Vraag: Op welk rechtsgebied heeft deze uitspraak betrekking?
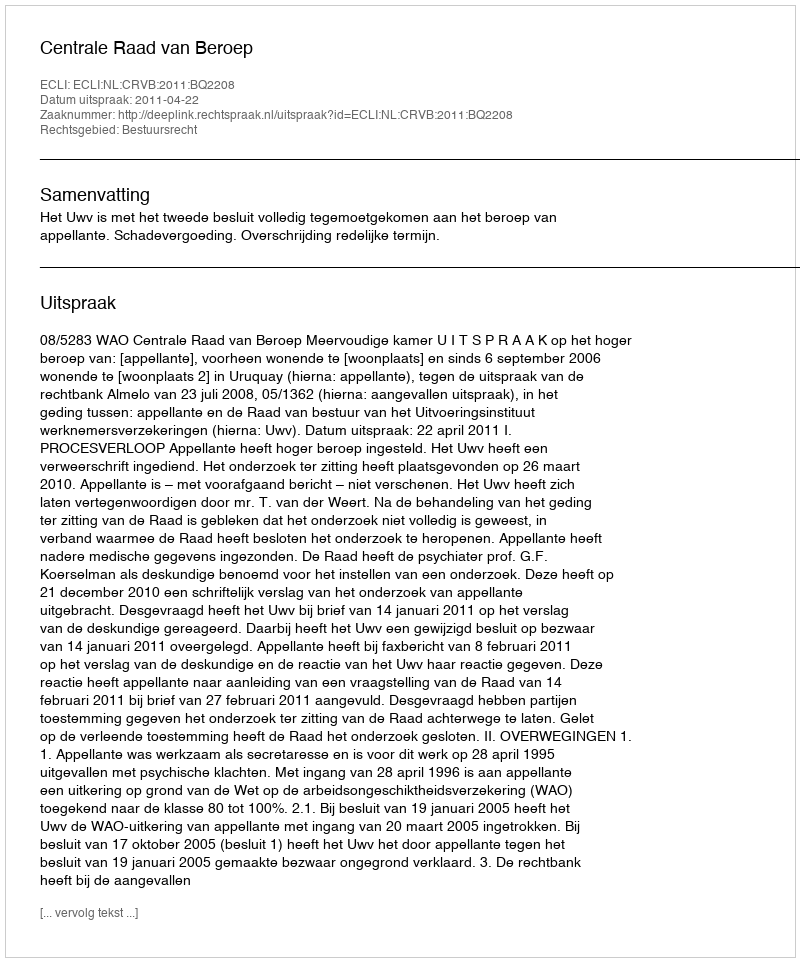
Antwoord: Bestuursrecht